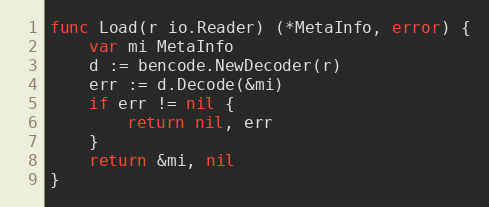
Language: Go
func Load(r io.Reader) (*MetaInfo, error) {
	var mi MetaInfo
	d := bencode.NewDecoder(r)
	err := d.Decode(&mi)
	if err != nil {
		return nil, err
	}
	return &mi, nil
}